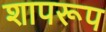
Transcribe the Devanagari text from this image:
शापरूप